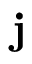
\mathbf { j }